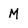
Character: M